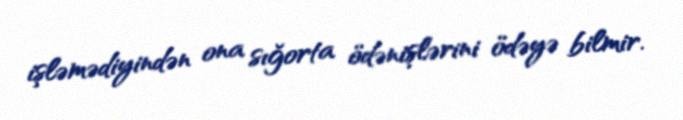
işləmədiyindən ona sığorta ödənişlərini ödəyə bilmir.